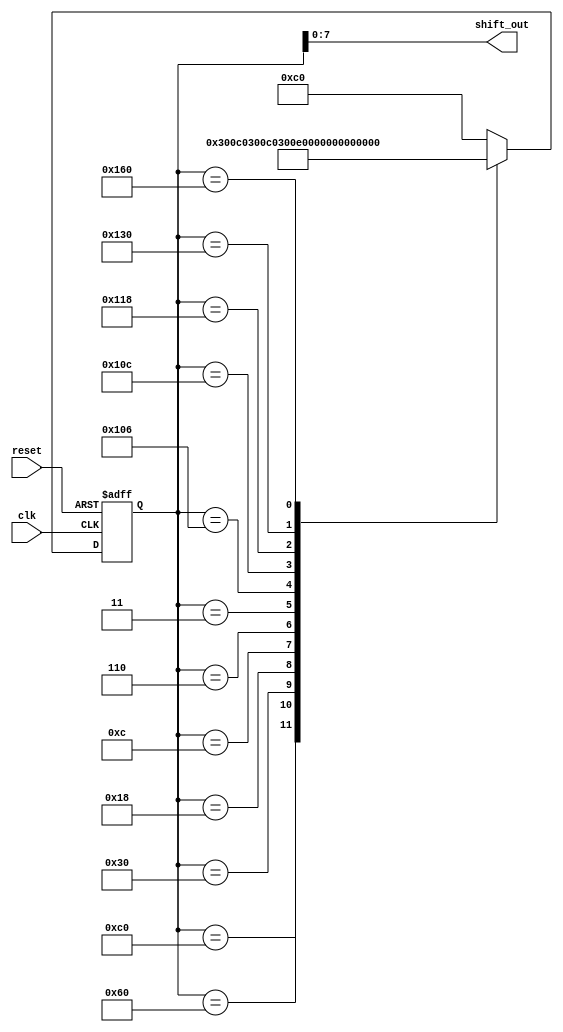
module lab02_2 (clk, reset, shift_out);
input clk, reset;
output [7:0]shift_out;
wire[7:0]shift_out;
reg[8:0]pattern;
assign  shift_out= pattern[7:0];
always@ (posedge clk or posedge reset)
begin
if(reset)
pattern = 9'b0_1100_0000;
else 
//---------------------------------------------
case(pattern)
9'b0_11000000:pattern = 9'b0_01100000;  
9'b0_01100000:pattern = 9'b0_00110000;
9'b0_00110000:pattern = 9'b0_00011000;  
9'b0_00011000:pattern = 9'b0_00001100;
9'b0_00001100:pattern = 9'b0_00000110;  
9'b0_00000110:pattern = 9'b0_00000011;
9'b0_00000011:pattern = 9'b1_00000110;  
9'b1_00000110:pattern = 9'b1_00001100;
9'b1_00001100:pattern = 9'b1_00011000;  
9'b1_00011000:pattern = 9'b1_00110000;
9'b1_00110000:pattern = 9'b1_01100000;  
9'b1_01100000:pattern = 9'b1_11000000;
9'b1_11000000:pattern = 9'b0_11000000;
default:pattern = 9'b0_11000000;endcase
end
endmodule
//----------------------------------------------
module lab1_2 (clk, reset, shift_out, ctl_bit);
input clk; // pin 55
input reset; // pin 47
output[7:0]shift_out; 
// pin 98, 99, 100, 101, 102, 109, 110, 111
output ctl_bit; // pin 88
assign ctl_bit= 1'b1;
freq_div#(20)M1 (clk, reset, clk_work); 
lab02_2 M2 (clk_work, reset, shift_out);
endmodule
//-----------------------------------------------
module freq_div(clk_in, reset, clk_out);
parameter exp = 20;   
input clk_in, reset;
output clk_out;
reg[exp-1:0] divider;
integer i;
assign clk_out= divider[exp-1];
always@ (posedge clk_in or posedge reset)
begin
if(reset)
for(i=0; i < exp; i=i+1)
divider[i] = 1'b0;
else
divider = divider+ 1'b1;
end
endmodule